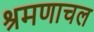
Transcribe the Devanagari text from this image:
श्रमणाचल